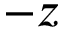
- z